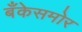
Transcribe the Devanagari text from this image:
बँकेसमोर